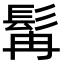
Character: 髯